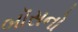
બૉસનો